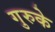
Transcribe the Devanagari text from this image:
गुरुके